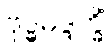
ဗုဒ္ဓမဒ္ဒက္ခိံ